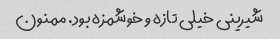
شیرینی خیلی تازه و خوشمزه بود. ممنون